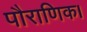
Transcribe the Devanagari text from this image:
पौराणिक।